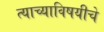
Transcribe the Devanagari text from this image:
त्याच्याविषयीचे